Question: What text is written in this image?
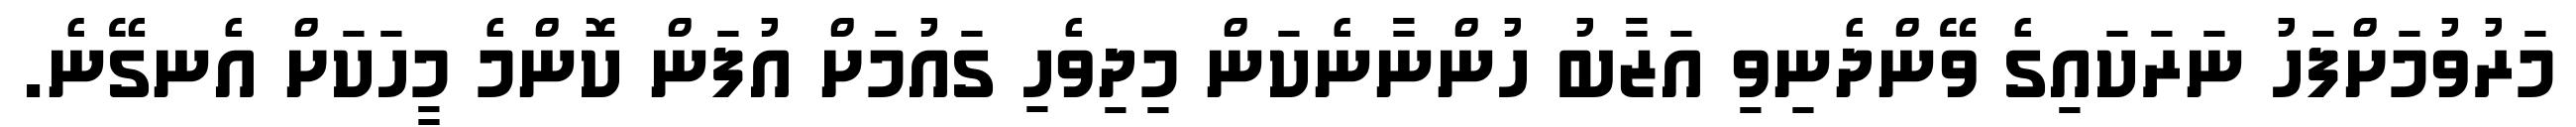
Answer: މަރުވުމަށްފަހު ނަރަކައިގެ ވޭންދެނިވި އަޒާބު ހުންނާނެކަން މިދިވެހި ގައުމަށް އުފަން ކޮންމެ މީހަކަށް އެނގޭނެ.